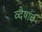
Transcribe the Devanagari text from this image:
व्देषाचं